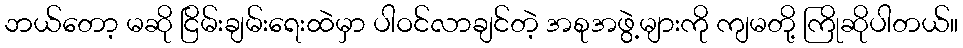
ဘယ်တော့ မဆို ငြိမ်းချမ်းရေးထဲမှာ ပါဝင်လာချင်တဲ့ အစုအဖွဲ့များကို ကျမတို့ ကြိုဆိုပါတယ်။